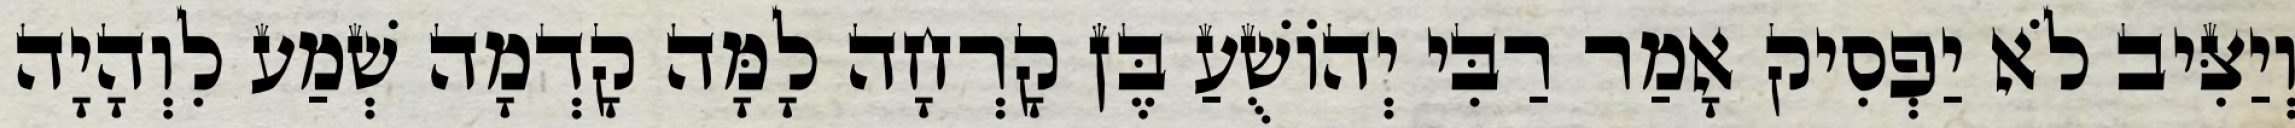
וְיַצִּיב לֹא יַפְסִיק אָמַר רַבִּי יְהוֹשֻׁעַ בֶּן קָרְחָה לָמָּה קָדְמָה שְׁמַע לִוְהָיָה